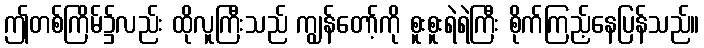
ဤတစ်ကြိမ်၌လည်း ထိုလူကြီးသည် ကျွန်တော့်ကို စူးစူးရဲရဲကြီး စိုက်ကြည့်နေပြန်သည်။